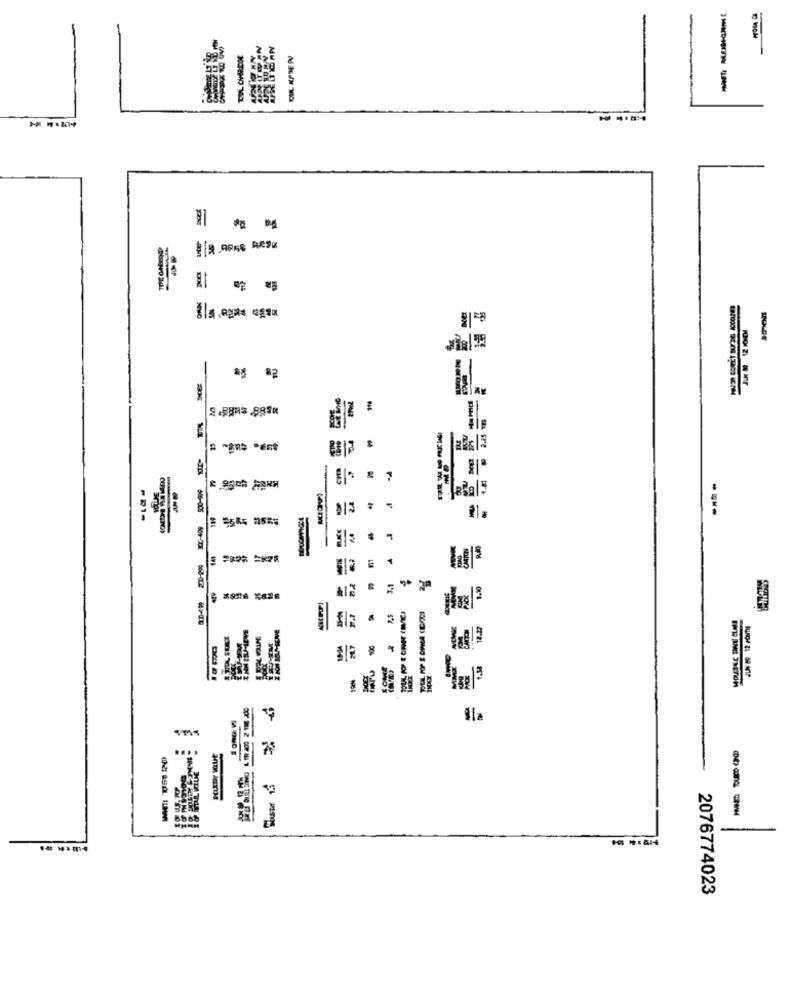
-
Els .agas agua
-
VOLUJE
-
-----
=
2076774023